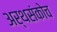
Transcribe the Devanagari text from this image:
अर्थसंकोच